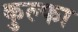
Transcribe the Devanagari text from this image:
कुल्‍फा